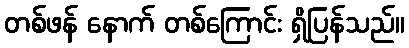
တစ်ဖန် နောက် တစ်ကြောင်း ရှိပြန်သည်။